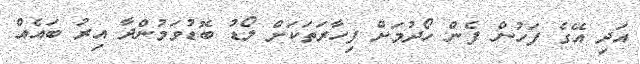
އަދި އޭގެ ފަހުން ފެން ހޯދުމަށް ފިހާރަތަކަށް ލޯޑު ބޮޑުވަމުންދާ އިރު ބައެއް